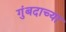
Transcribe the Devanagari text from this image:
गुंबदाच्या